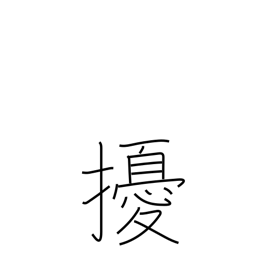
Meaning: throw into confusion